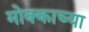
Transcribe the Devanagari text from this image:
मोक्काच्या